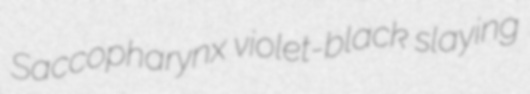
Saccopharynx violet-black slaying